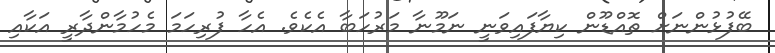
ބޭފުޅުންނަށް ތޮއްޑޫން ކިޔާފައިވަނީ ނަމޫނާ މަރުހަބާ އެކެވެ. އެހާ ފުރިހަމަ މެހުމާންދާރީ އަކާއި